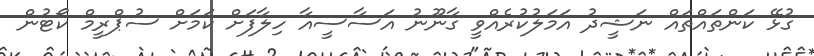
ގުޅޭ ކަންތައްތައް ނަޝީދު އަމަލުކުރެއްވީ ގާނޫނު އަސާސީއާ ހިލާފަށް ކަމަށް ސުޕްރީމް ކޯޓުން